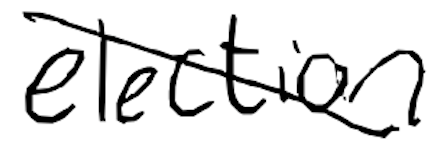
Text: election
Cross-out: diagonal
Writing tool: digital_black